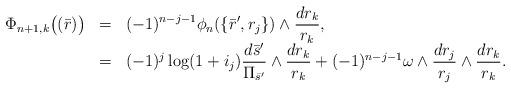
LaTeX: \begin{align*}\begin{array}{lcl}\Phi_{n+1,k}\big((\bar{r})\big)&=&\displaystyle(-1)^{n-j-1}\phi_{n}(\{\bar{r}',r_j\})\wedge\frac{dr_k}{r_k},\\&=&\displaystyle(-1)^{j}\log(1+i_j)\frac{d\bar{s}'}{\Pi_{\bar{s}'}}\wedge\frac{dr_k}{r_k}+(-1)^{n-j-1}\omega\wedge\frac{dr_j}{r_j}\wedge\frac{dr_k}{r_k}.\end{array}\end{align*}